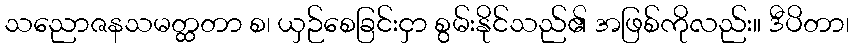
သညောဇနသမတ္ထတာ စ၊ ယှဉ်စေခြင်းငှာ စွမ်းနိုင်သည်၏ အဖြစ်ကိုလည်း။ ဒီပိတာ၊